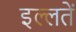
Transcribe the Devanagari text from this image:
इल्लतें